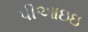
પીઆઇઇ